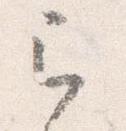
之